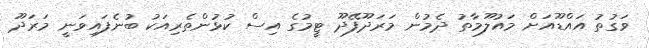
ވަގުތު އައްޑޫއަށް މައުލޫމާތު ދެމުން މަރަދޫފޭދޫ ޓީމުގެ އިސް ކުޅުންތެރިއަކު ބުނެފައިވަނީ މަރަދޫ